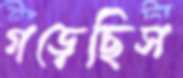
গড়েছিস